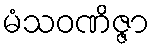
မံသဝဏိဇ္ဇာ